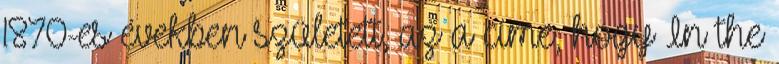
1870-es években született, az a címe, hogy In the